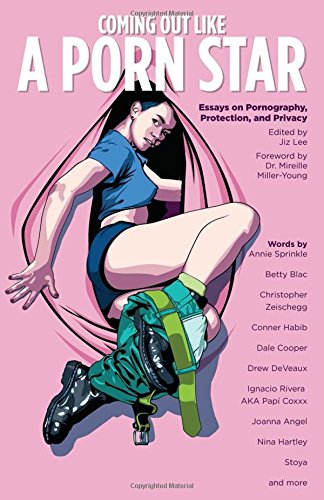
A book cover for Coming Out Like a Porn Star: Essays on Pornography, Protection, and Privacy; Health, Fitness & Dieting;